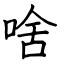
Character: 啥